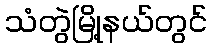
သံတွဲမြို့နယ်တွင်